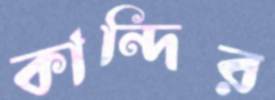
কান্দির